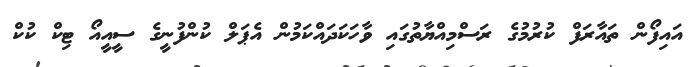
އައިފޯން ތައާރަފް ކުރުމުގެ ރަސްމިއްޔާތުގައި ވާހަކަދައްކަމުން އެޕަލް ކުންފުނީގެ ސީއީއޯ ޓިކް ކުކް